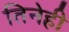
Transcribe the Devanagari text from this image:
तिनेही